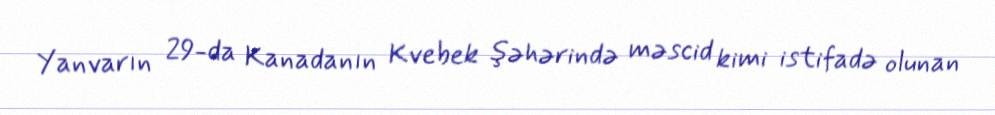
Yanvarın 29-da Kanadanın Kvebek şəhərində məscid kimi istifadə olunan